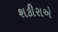
શકીરાએ